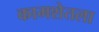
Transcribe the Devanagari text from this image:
कामशेतला